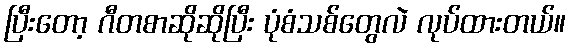
ပြီးတော့ ဂီတစာဆိုဆိုပြီး ပုံစံသစ်တွေလဲ လုပ်ထားတယ်။